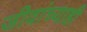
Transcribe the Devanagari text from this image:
जीवांच्याही